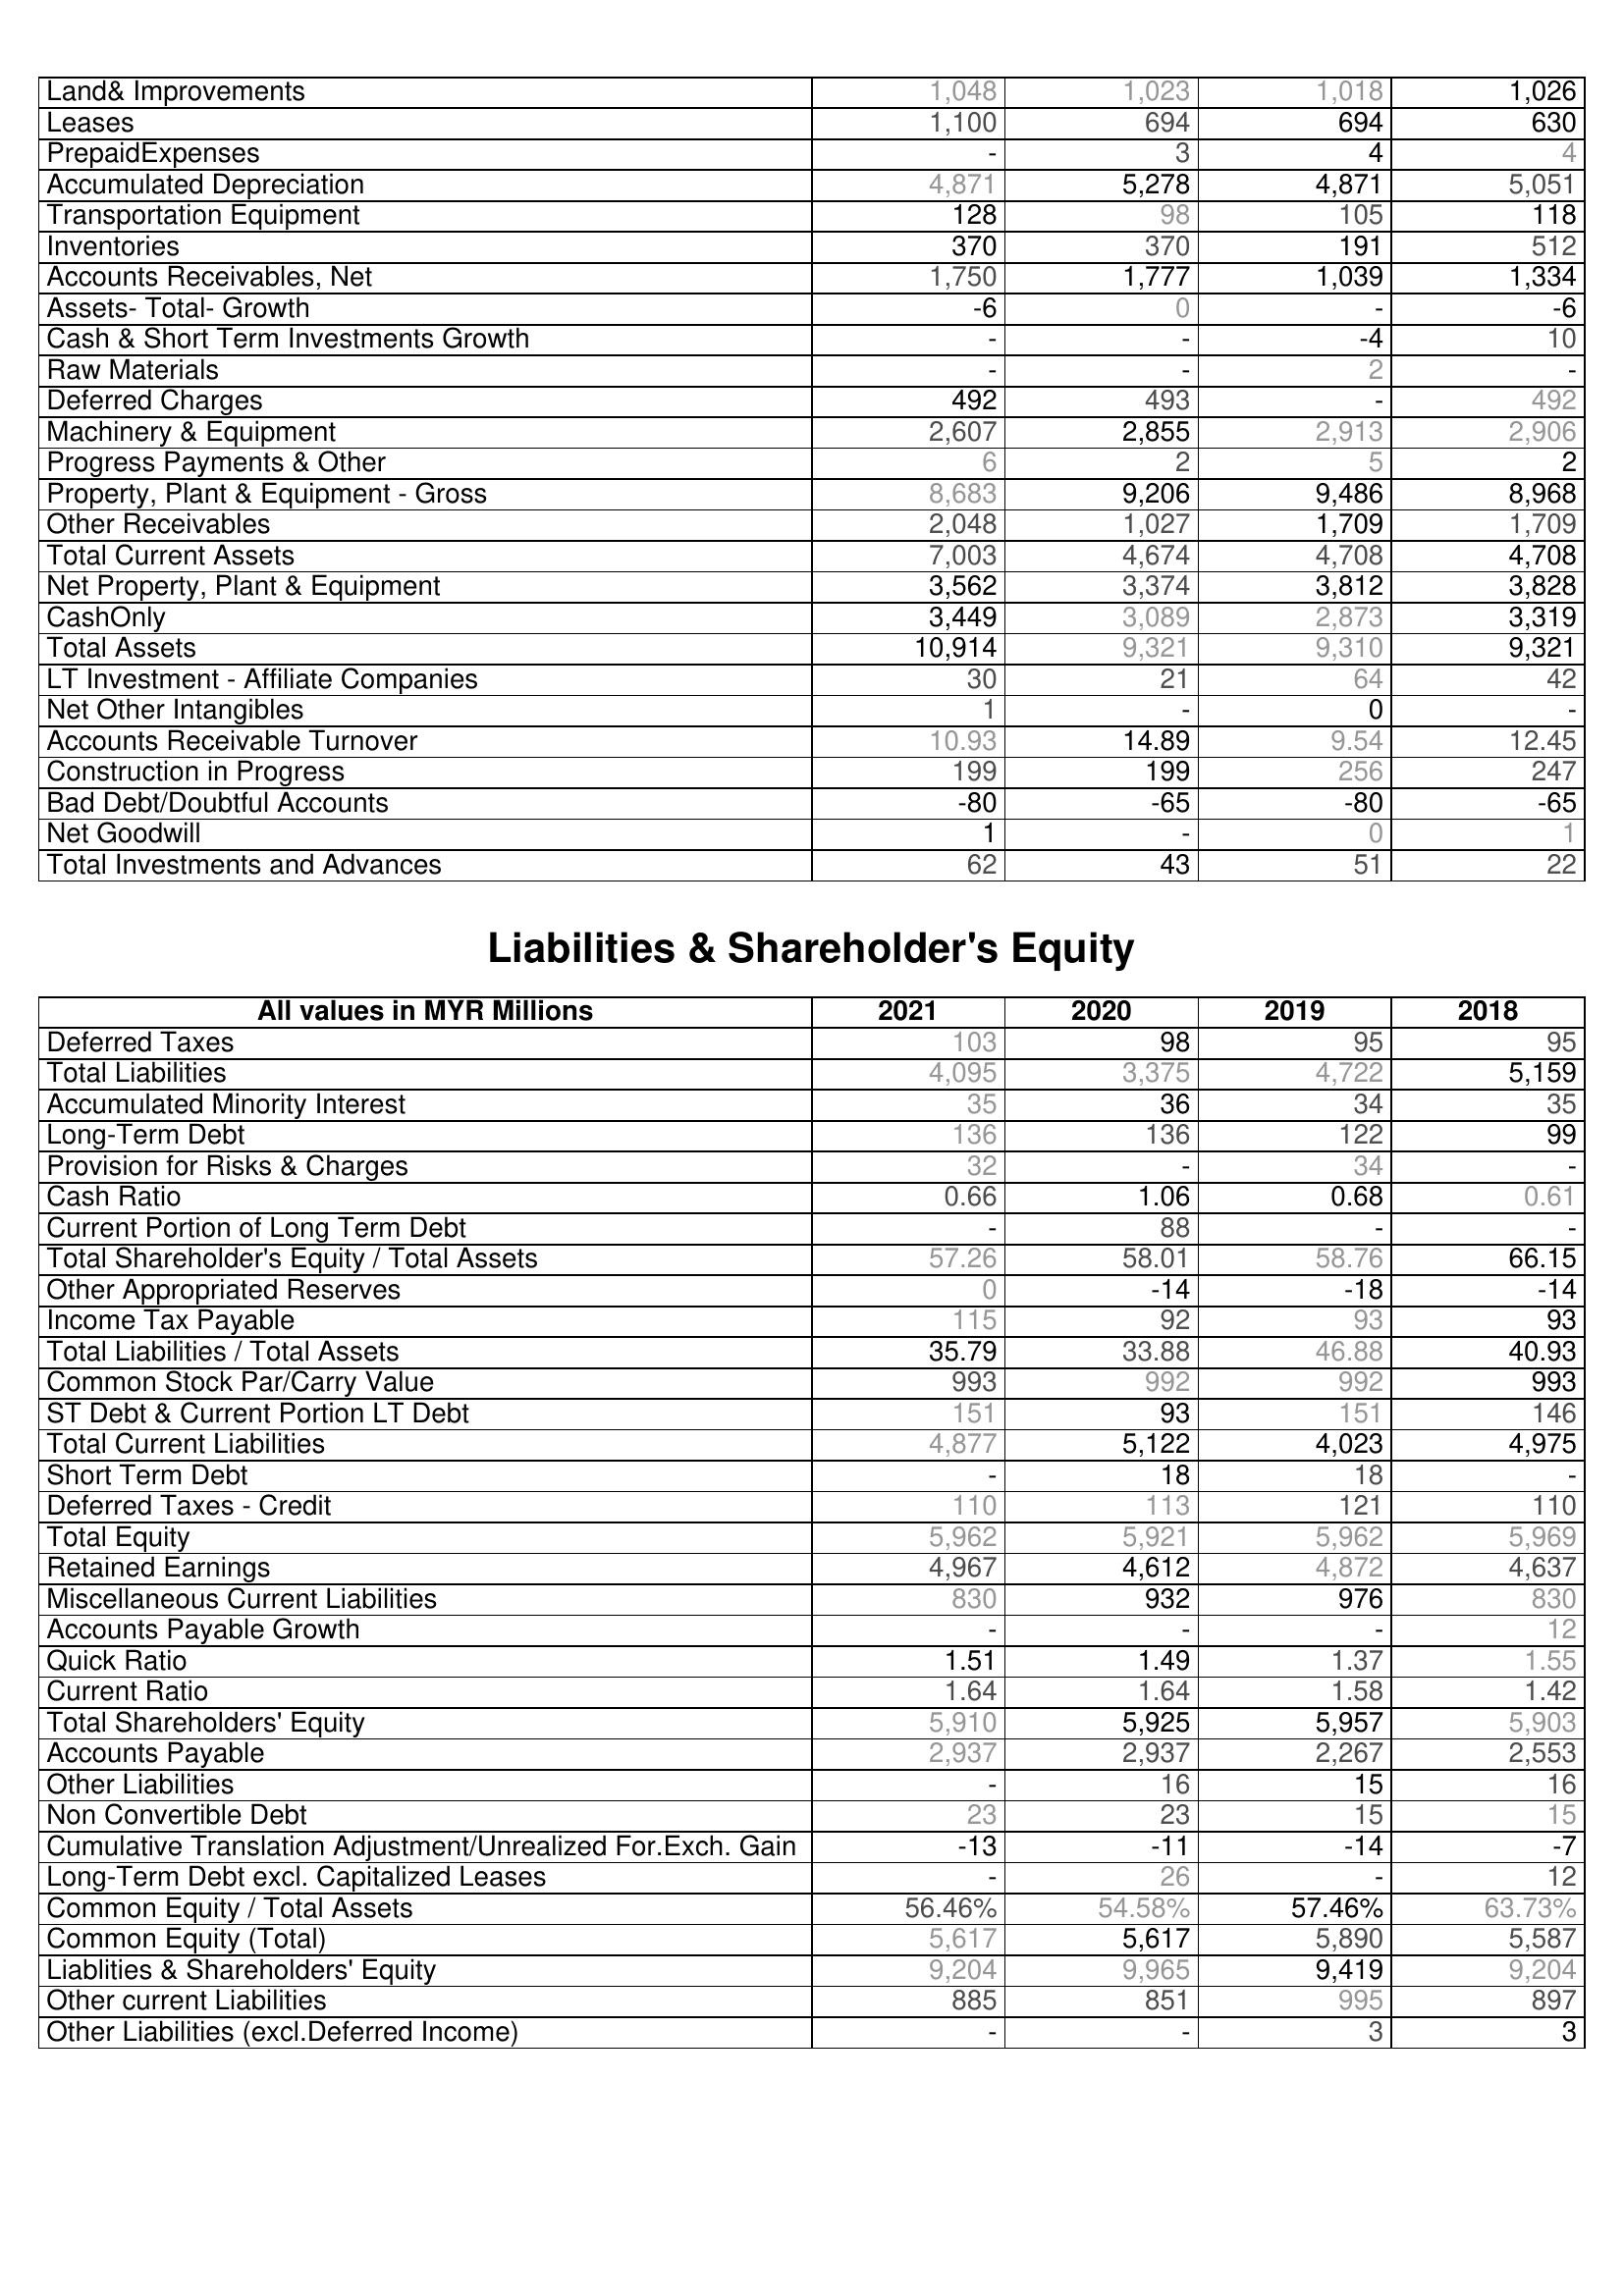
2021: Assets: Land& Improvements: 1,048
Leases: 1,100
PrepaidExpenses: -
Accumulated Depreciation: 4,871
Transportation Equipment: 128
Inventories: 370
Accounts Receivables, Net: 1,750
Assets- Total- Growth: -6
Cash & Short Term Investments Growth: -
Raw Materials: -
Deferred Charges: 492
Machinery & Equipment: 2,607
Progress Payments & Other: 6
Property, Plant & Equipment - Gross : 8,683
Other Receivables: 2,048
Total Current Assets: 7,003
Net Property, Plant & Equipment: 3,562
CashOnly: 3,449
Total Assets: 10,914
LT Investment - Affiliate Companies: 30
Net Other Intangibles: 1
Accounts Receivable Turnover: 10.93
Construction in Progress: 199
Bad Debt/Doubtful Accounts: -80
Net Goodwill: 1
Total Investments and Advances: 62
Liabilities & Shareholder's Equity: Deferred Taxes: 103
Total Liabilities: 4,095
Accumulated Minority Interest: 35
Long-Term Debt: 136
Provision for Risks & Charges: 32
Cash Ratio: 0.66
Current Portion of Long Term Debt: -
Total Shareholder's Equity / Total Assets: 57.26
Other Appropriated Reserves: 0
Income Tax Payable: 115
Total Liabilities / Total Assets: 35.79
Common Stock Par/Carry Value: 993
ST Debt & Current Portion LT Debt: 151
Total Current Liabilities: 4,877
Short Term Debt: -
Deferred Taxes - Credit: 110
Total Equity: 5,962
Retained Earnings: 4,967
Miscellaneous Current Liabilities: 830
Accounts Payable Growth: -
Quick Ratio: 1.51
Current Ratio: 1.64
Total Shareholders' Equity: 5,910
Accounts Payable: 2,937
Other Liabilities: -
Non Convertible Debt: 23
Cumulative Translation Adjustment/Unrealized For.Exch. Gain: -13
Long-Term Debt excl. Capitalized Leases: -
Common Equity / Total Assets: 56.46%
Common Equity (Total): 5,617
Liablities & Shareholders' Equity: 9,204
Other current Liabilities: 885
Other Liabilities (excl.Deferred Income): -
2020: Assets: Land& Improvements: 1,023
Leases: 694
PrepaidExpenses: 3
Accumulated Depreciation: 5,278
Transportation Equipment: 98
Inventories: 370
Accounts Receivables, Net: 1,777
Assets- Total- Growth: 0
Cash & Short Term Investments Growth: -
Raw Materials: -
Deferred Charges: 493
Machinery & Equipment: 2,855
Progress Payments & Other: 2
Property, Plant & Equipment - Gross : 9,206
Other Receivables: 1,027
Total Current Assets: 4,674
Net Property, Plant & Equipment: 3,374
CashOnly: 3,089
Total Assets: 9,321
LT Investment - Affiliate Companies: 21
Net Other Intangibles: -
Accounts Receivable Turnover: 14.89
Construction in Progress: 199
Bad Debt/Doubtful Accounts: -65
Net Goodwill: -
Total Investments and Advances: 43
Liabilities & Shareholder's Equity: Deferred Taxes: 98
Total Liabilities: 3,375
Accumulated Minority Interest: 36
Long-Term Debt: 136
Provision for Risks & Charges: -
Cash Ratio: 1.06
Current Portion of Long Term Debt: 88
Total Shareholder's Equity / Total Assets: 58.01
Other Appropriated Reserves: -14
Income Tax Payable: 92
Total Liabilities / Total Assets: 33.88
Common Stock Par/Carry Value: 992
ST Debt & Current Portion LT Debt: 93
Total Current Liabilities: 5,122
Short Term Debt: 18
Deferred Taxes - Credit: 113
Total Equity: 5,921
Retained Earnings: 4,612
Miscellaneous Current Liabilities: 932
Accounts Payable Growth: -
Quick Ratio: 1.49
Current Ratio: 1.64
Total Shareholders' Equity: 5,925
Accounts Payable: 2,937
Other Liabilities: 16
Non Convertible Debt: 23
Cumulative Translation Adjustment/Unrealized For.Exch. Gain: -11
Long-Term Debt excl. Capitalized Leases: 26
Common Equity / Total Assets: 54.58%
Common Equity (Total): 5,617
Liablities & Shareholders' Equity: 9,965
Other current Liabilities: 851
Other Liabilities (excl.Deferred Income): -
2019: Assets: Land& Improvements: 1,018
Leases: 694
PrepaidExpenses: 4
Accumulated Depreciation: 4,871
Transportation Equipment: 105
Inventories: 191
Accounts Receivables, Net: 1,039
Assets- Total- Growth: -
Cash & Short Term Investments Growth: -4
Raw Materials: 2
Deferred Charges: -
Machinery & Equipment: 2,913
Progress Payments & Other: 5
Property, Plant & Equipment - Gross : 9,486
Other Receivables: 1,709
Total Current Assets: 4,708
Net Property, Plant & Equipment: 3,812
CashOnly: 2,873
Total Assets: 9,310
LT Investment - Affiliate Companies: 64
Net Other Intangibles: 0
Accounts Receivable Turnover: 9.54
Construction in Progress: 256
Bad Debt/Doubtful Accounts: -80
Net Goodwill: 0
Total Investments and Advances: 51
Liabilities & Shareholder's Equity: Deferred Taxes: 95
Total Liabilities: 4,722
Accumulated Minority Interest: 34
Long-Term Debt: 122
Provision for Risks & Charges: 34
Cash Ratio: 0.68
Current Portion of Long Term Debt: -
Total Shareholder's Equity / Total Assets: 58.76
Other Appropriated Reserves: -18
Income Tax Payable: 93
Total Liabilities / Total Assets: 46.88
Common Stock Par/Carry Value: 992
ST Debt & Current Portion LT Debt: 151
Total Current Liabilities: 4,023
Short Term Debt: 18
Deferred Taxes - Credit: 121
Total Equity: 5,962
Retained Earnings: 4,872
Miscellaneous Current Liabilities: 976
Accounts Payable Growth: -
Quick Ratio: 1.37
Current Ratio: 1.58
Total Shareholders' Equity: 5,957
Accounts Payable: 2,267
Other Liabilities: 15
Non Convertible Debt: 15
Cumulative Translation Adjustment/Unrealized For.Exch. Gain: -14
Long-Term Debt excl. Capitalized Leases: -
Common Equity / Total Assets: 57.46%
Common Equity (Total): 5,890
Liablities & Shareholders' Equity: 9,419
Other current Liabilities: 995
Other Liabilities (excl.Deferred Income): 3
2018: Assets: Land& Improvements: 1,026
Leases: 630
PrepaidExpenses: 4
Accumulated Depreciation: 5,051
Transportation Equipment: 118
Inventories: 512
Accounts Receivables, Net: 1,334
Assets- Total- Growth: -6
Cash & Short Term Investments Growth: 10
Raw Materials: -
Deferred Charges: 492
Machinery & Equipment: 2,906
Progress Payments & Other: 2
Property, Plant & Equipment - Gross : 8,968
Other Receivables: 1,709
Total Current Assets: 4,708
Net Property, Plant & Equipment: 3,828
CashOnly: 3,319
Total Assets: 9,321
LT Investment - Affiliate Companies: 42
Net Other Intangibles: -
Accounts Receivable Turnover: 12.45
Construction in Progress: 247
Bad Debt/Doubtful Accounts: -65
Net Goodwill: 1
Total Investments and Advances: 22
Liabilities & Shareholder's Equity: Deferred Taxes: 95
Total Liabilities: 5,159
Accumulated Minority Interest: 35
Long-Term Debt: 99
Provision for Risks & Charges: -
Cash Ratio: 0.61
Current Portion of Long Term Debt: -
Total Shareholder's Equity / Total Assets: 66.15
Other Appropriated Reserves: -14
Income Tax Payable: 93
Total Liabilities / Total Assets: 40.93
Common Stock Par/Carry Value: 993
ST Debt & Current Portion LT Debt: 146
Total Current Liabilities: 4,975
Short Term Debt: -
Deferred Taxes - Credit: 110
Total Equity: 5,969
Retained Earnings: 4,637
Miscellaneous Current Liabilities: 830
Accounts Payable Growth: 12
Quick Ratio: 1.55
Current Ratio: 1.42
Total Shareholders' Equity: 5,903
Accounts Payable: 2,553
Other Liabilities: 16
Non Convertible Debt: 15
Cumulative Translation Adjustment/Unrealized For.Exch. Gain: -7
Long-Term Debt excl. Capitalized Leases: 12
Common Equity / Total Assets: 63.73%
Common Equity (Total): 5,587
Liablities & Shareholders' Equity: 9,204
Other current Liabilities: 897
Other Liabilities (excl.Deferred Income): 3